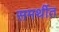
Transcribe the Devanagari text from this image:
समर्थीत